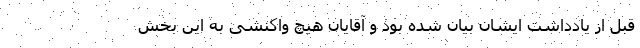
قبل از یادداشت ایشان بیان شده بود و آقایان هیچ واکنشی به این بخش